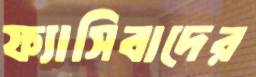
ফ্যাসিবাদের